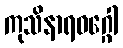
ကုသိနာရဝဂ္ဂေါ